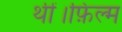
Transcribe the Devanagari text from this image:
थीं।फ़िल्म